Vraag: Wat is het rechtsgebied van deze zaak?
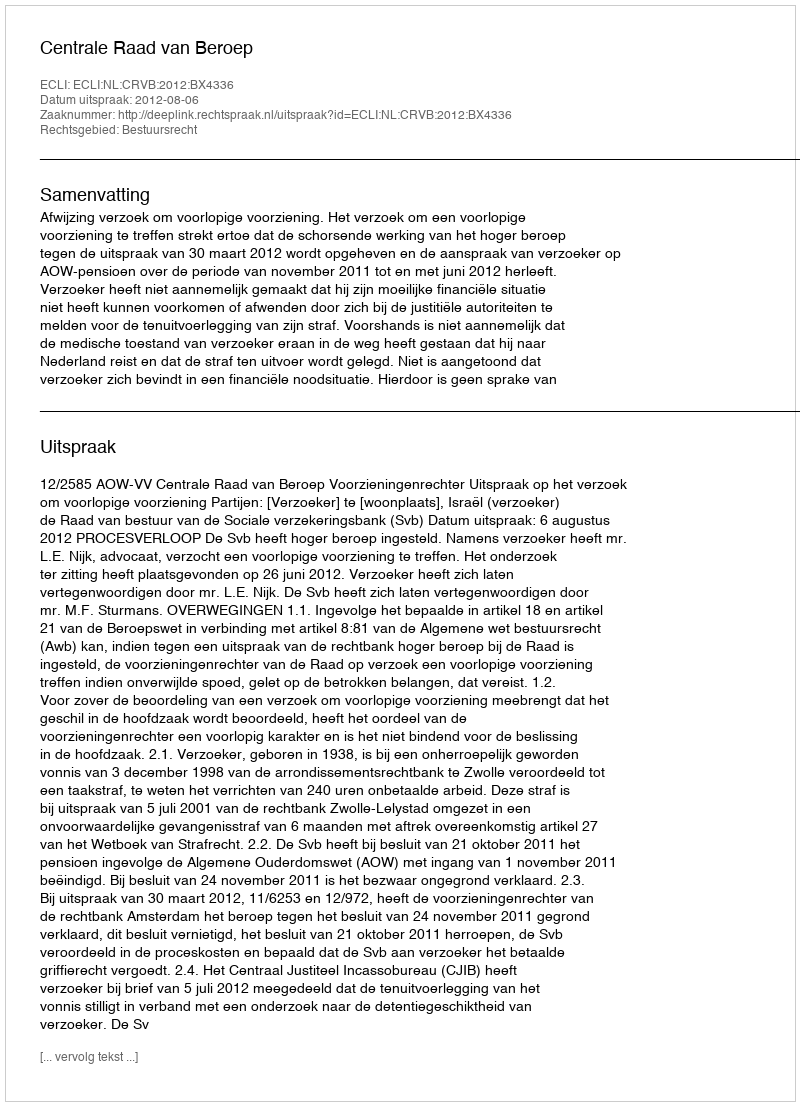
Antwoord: Bestuursrecht